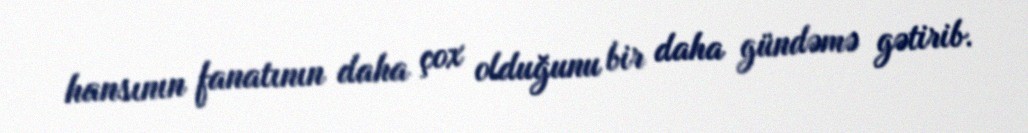
hansının fanatının daha çox olduğunu bir daha gündəmə gətirib.